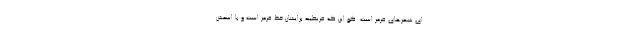
ای شهرهای قرمز است. گو این که قرنطینه برایشان خط قرمز است و با اسمش